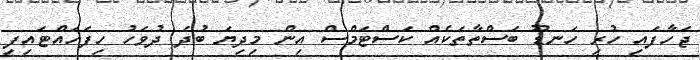
ޖަހާފައި ހުރި ހަނޑޫ ބަސްތާތަކެއް ކަސްޓަމްސް އިން މިދިޔަ ބުދަ ދުވަހު ހިފަހައްޓައިފި